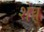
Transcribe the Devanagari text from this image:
शेव्